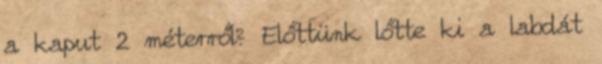
a kaput 2 méterről? Előttünk lőtte ki a labdát